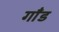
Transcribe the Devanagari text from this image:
गाँड